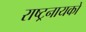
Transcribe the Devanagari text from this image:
राष्ट्रनायकों